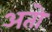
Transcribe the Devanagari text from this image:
अतो